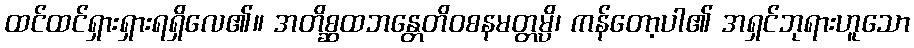
ထင်ထင်ရှားရှားရရှိလေ၏။ အတိစ္ဆထဘန္တေတိဝစနမတ္တမ္ပိ၊ ကန်တော့ပါ၏ အရှင်ဘုရားဟူသော